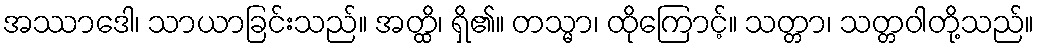
အဿာဒေါ၊ သာယာခြင်းသည်။ အတ္ထိ၊ ရှိ၏။ တသ္မာ၊ ထိုကြောင့်။ သတ္တာ၊ သတ္တဝါတို့သည်။